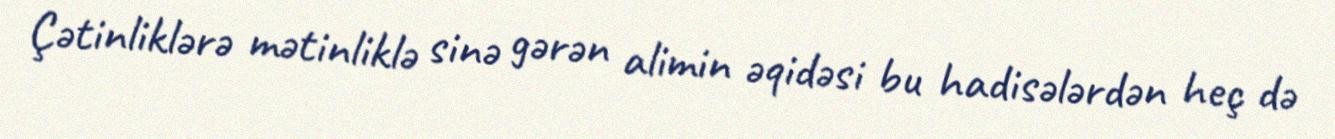
Çətinliklərə mətinliklə sinə gərən alimin əqidəsi bu hadisələrdən heç də